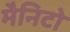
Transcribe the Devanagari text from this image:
मैनिटो